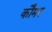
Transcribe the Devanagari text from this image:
कौमर